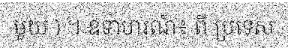
មួយ ) ។ ឧទាហរណ៍៖ ពី ប្រទេស